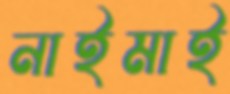
নাইমাই